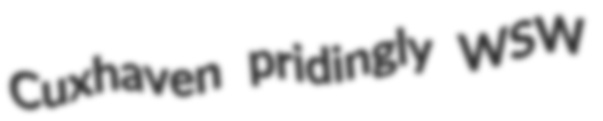
Cuxhaven pridingly WSW